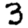
Digit: 3